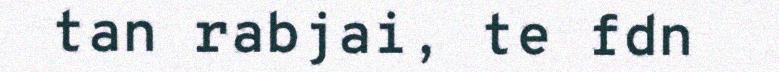
tan rabjai, te fdn